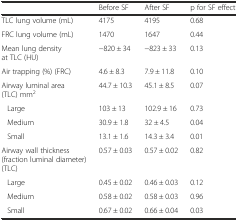
<table><thead><tr><td></td><td><b>Before SF</b></td><td><b>After SF</b></td><td><b>p for SF effect</b></td></tr></thead><tbody><tr><td>TLC lung volume (mL)</td><td>4175</td><td>4195</td><td>0.68</td></tr><tr><td>FRC lung volume (mL)</td><td>1470</td><td>1647</td><td>0.44</td></tr><tr><td>Mean lung density at TLC (HU)</td><td>−820 ± 34</td><td>−823 ± 33</td><td>0.13</td></tr><tr><td>Air trapping (%) (FRC)</td><td>4.6 ± 8.3</td><td>7.9 ± 11.8</td><td>0.10</td></tr><tr><td>Airway luminal area (TLC) mm<sup>2</sup></td><td>44.7 ± 10.3</td><td>45.1 ± 8.5</td><td>0.07</td></tr><tr><td>Large</td><td>103 ± 13</td><td>102.9 ± 16</td><td>0.73</td></tr><tr><td>Medium</td><td>30.9 ± 1.8</td><td>32 ± 4.5</td><td>0.04</td></tr><tr><td>Small</td><td>13.1 ± 1.6</td><td>14.3 ± 3.4</td><td>0.01</td></tr><tr><td>Airway wall thickness (fraction luminal diameter) (TLC)</td><td>0.57 ± 0.03</td><td>0.57 ± 0.02</td><td>0.82</td></tr><tr><td>Large</td><td>0.45 ± 0.02</td><td>0.46 ± 0.03</td><td>0.12</td></tr><tr><td>Medium</td><td>0.58 ± 0.02</td><td>0.58 ± 0.03</td><td>0.96</td></tr><tr><td>Small</td><td>0.67 ± 0.02</td><td>0.66 ± 0.04</td><td>0.03</td></tr></tbody></table>